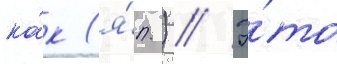
ка́к (я́п.) // Э́то